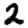
Digit: 2